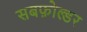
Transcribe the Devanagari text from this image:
सबफ़ोल्डर